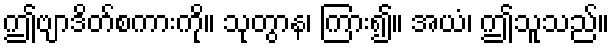
ဤဗျာဒိတ်စကားကို။ သုတွာန၊ ကြား၍။ အယံ၊ ဤသူသည်။